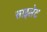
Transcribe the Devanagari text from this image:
साइलेट